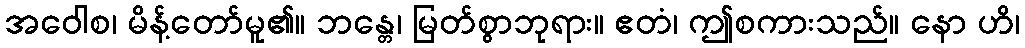
အဝေါစ၊ မိန့်တော်မူ၏။ ဘန္တေ၊ မြတ်စွာဘုရား။ ဧတံ၊ ဤစကားသည်။ နော ဟိ၊